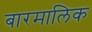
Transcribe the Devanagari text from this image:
बारमालिक